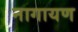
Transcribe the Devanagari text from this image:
नागायण